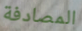
المصادفة